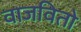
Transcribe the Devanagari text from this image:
वाजवितो